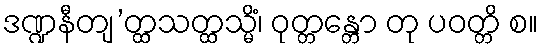
ဒဏ္ဍနီတျ’တ္ထသတ္ထသ္မိံ၊ ဝုတ္တန္တော တု ပဝတ္တိ စ။